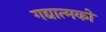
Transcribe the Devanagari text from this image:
गद्यात्‍मको